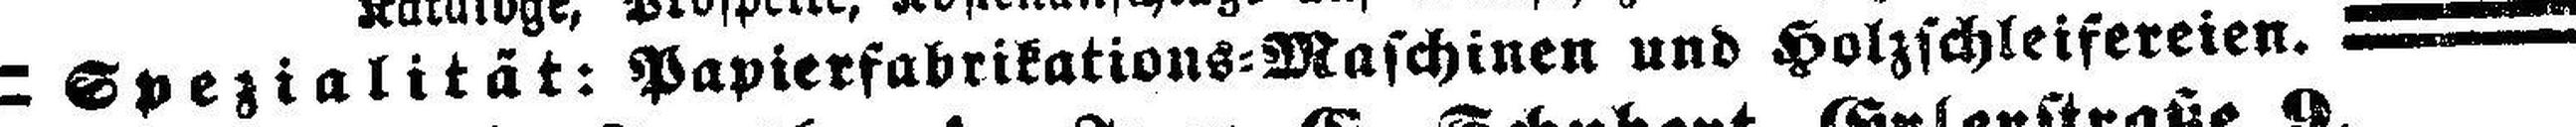
Spezialität: Papierfabrikations=Maschinen und Holzschleifereien.